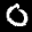
Label: 0